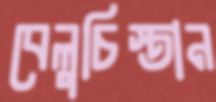
বেলুচিস্তান